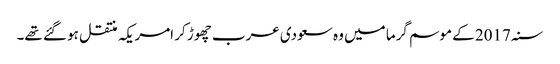
سنہ 2017 کے موسم گرما میں وہ سعودی عرب چھوڑ کر امریکہ منتقل ہو گئے تھے۔